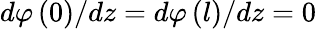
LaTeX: d\varphi\left(0\right)/dz=d\varphi\left(l\right)/dz=0